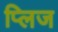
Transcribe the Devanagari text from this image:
प्लिज